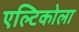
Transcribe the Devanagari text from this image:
एल्टिकोला